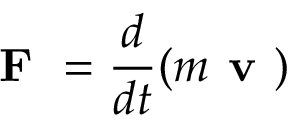
{ \textbf { F } } = { \frac { d } { d t } } ( m { \textbf { v } } )